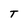
Character: T